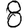
Digit: 8